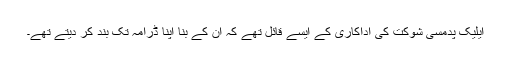
ایلیک پدمسی شوکت کی اداکاری کے ایسے قائل تھے کہ ان کے بنا اپنا ڈرامہ تک بند کر دیتے تھے۔